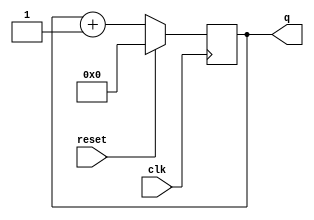
`timescale 1ns / 1ps
//////////////////////////////////////////////////////////////////////////////////
module sync_upcounter(q,clk,reset);
input clk,reset;
output[3:0]q;
reg [3:0]q = 4'b0000;

always @(posedge clk) begin
if(reset == 1)
          q <= 0;
       else
          q <= q+1;
       end
endmodule